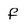
Character: f